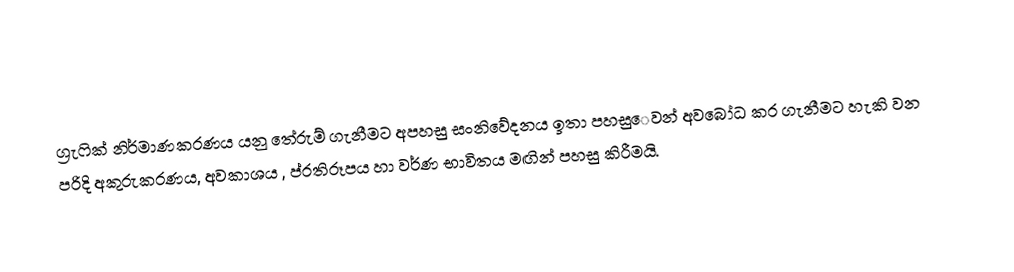
ග්‍රැෆික් නිර්මාණකරණය යනු තේරුම් ගැනීමට අපහසු සංනිවේදනය ඉතා පහසු‍ෙවන් අවබෝධ කර ගැනීමට හැකි වන පරිදි අකුරුකරණය, අවකාශය , ප්රතිරූපය හා වර්ණ භාවිතය මඟින්  පහසු කිරීමයි.